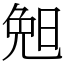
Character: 𣆶